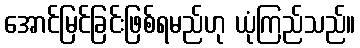
အောင်မြင်ခြင်းဖြစ်ရမည်ဟု ယုံကြည်သည်။